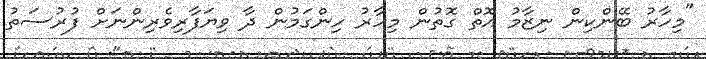
"މިހާރު ބޭންކިން ނިޒާމު އޮތް ގޮތުން މިހާރު ހިންގަމުން ދާ ވިޔަފާރިވެރިންނަށް ފުރުސަތު